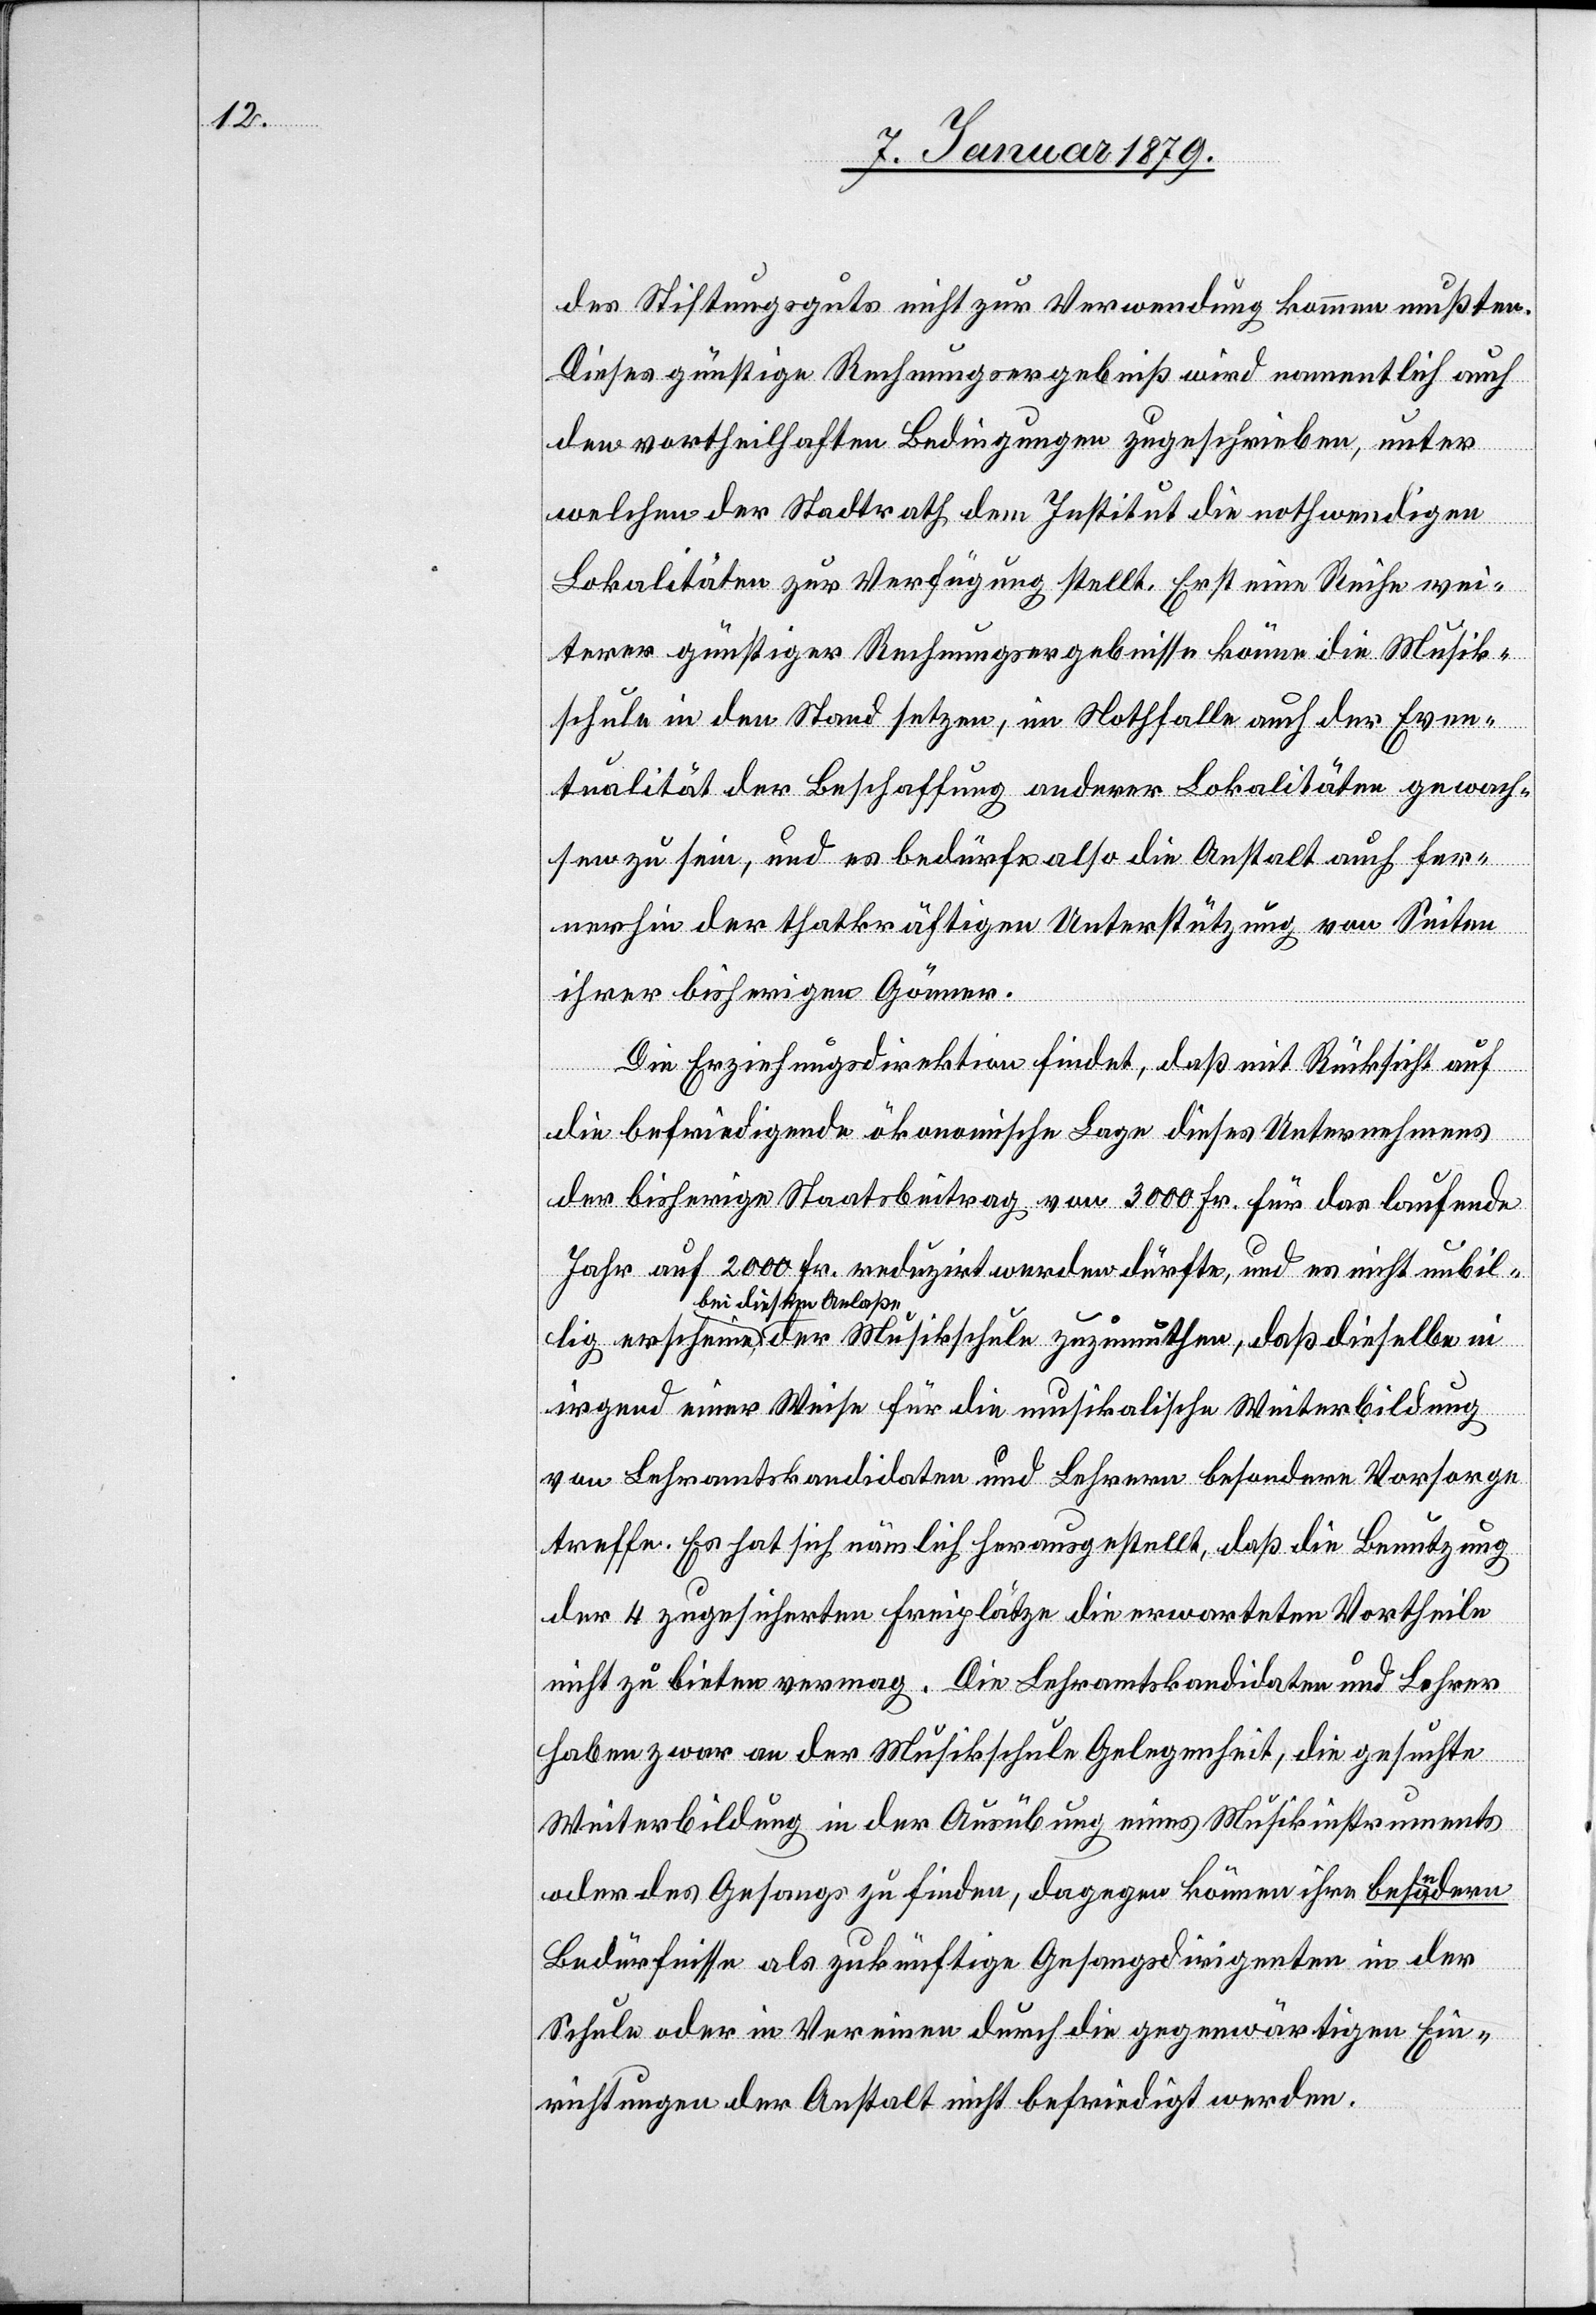
des Stiftungsguts nicht zur Verwendung kommen mußten.
Dieses günstige Rechnungsergebniß wird namentlich auch
den vortheilhaften Bedingungen zugeschrieben, unter
welchen der Stadtrath dem Institut die nothwendigen
Lokalitäten zur Verfügung stellt. Erst eine Reihe wei¬
terer günstiger Rechnungsergebnisse könne die Musik¬
schule in den Stand setzen, im Nothfalle auch der Even¬
tualität der Beschaffung anderer Lokalitäten gewach¬
sen zu sein, und es bedürfe also die Anstalt auch fer¬
nerhin der thatkräftigen Unterstützung von Seiten
ihrer bisherigen Gönner.
Die Erziehungsdirektion findet, daß mit Rücksicht auf
in
die befriedigende ökonomische Lage dieses Unternehmens
dern
der bisherige Staatsbeitrag von 3000 Fr. für das laufende
Jahr auf 2000 Fr. reduzirt werden dürfte, und es nicht unbill¬
a-bei diesem Anlaße-a
irgend einer Weise für die musikalische Weiterbildung
von Lehramtskandidaten und Lehrern besondere Vorsorge
treffe. Es hat sich nämlich herausgestellt, daß die Benutzung
der 4 zugesicherten Freiplätze die erwarteten Vortheile
nicht zu bieten vermag. Die Lehramtskandidaten und Lehrer
haben zwar an der Musikschule Gelegenheit, die gesuchte
Weiterbildung in der Ausübung eines Musikinstruments
oder des Gesangs zu finden, dagegen können ihre besoa-n-a¬
Bedürfnisse als zukünftige Gesangsdirigenten in der
Schule oder in Vereinen durch die gegenwärtigen Ein¬
richtungen der Anstalt nicht befriedigt werden.